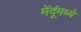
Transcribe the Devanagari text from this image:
मेंदूंमध्ये